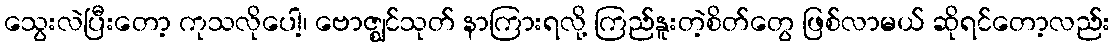
သွေးလဲပြီးတော့ ကုသလိုပေါ့၊ ဗောဇ္ဈင်သုတ် နာကြားရလို့ ကြည်နူးတဲ့စိတ်တွေ ဖြစ်လာမယ် ဆိုရင်တော့လည်း